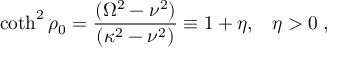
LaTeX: \coth ^ { 2 } \rho _ { 0 } = { \frac { ( \Omega ^ { 2 } - \nu ^ { 2 } ) } { ( \kappa ^ { 2 } - \nu ^ { 2 } ) } } \equiv 1 + \eta , \; \; \; \eta > 0 \; ,